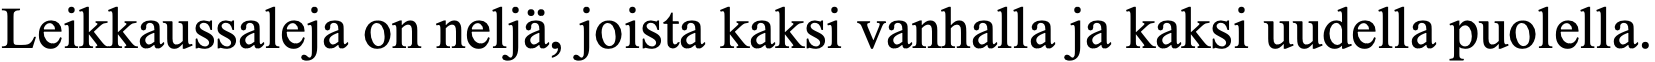
Leikkaussaleja on neljä, joista kaksi vanhalla ja kaksi uudella puolella.